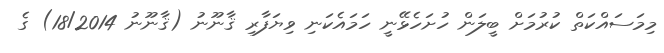
މިމަސައްކަތް ކުރުމަށް ބީލަން ހުށަހެޅޭނީ ހަމައެކަނި ވިޔަފާރި ޤާނޫނު (ޤާނޫނު 18/2014) ގެ